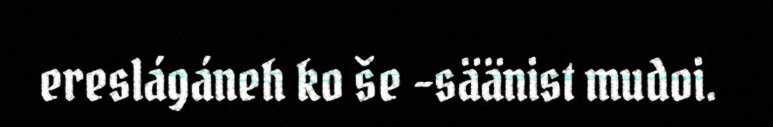
ereslágáneh ko še -säänist mudoi.